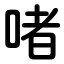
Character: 啫